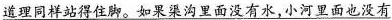
道理同样站得住脚。如果渠沟里面没有水，小河里面也没有